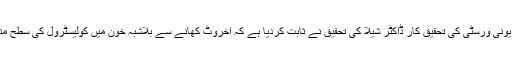
پنسلوانیا اسٹیٹ یونی ورسٹی کی تحقیق کار ڈاکٹر شیلا کی تحقیق نے ثابت کردیا ہے کہ اخروٹ کھانے سے بلاشبہ خون میں کولیسٹرول کی سطح مناسب رہتی ہے۔